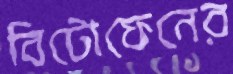
বিটোফেনের